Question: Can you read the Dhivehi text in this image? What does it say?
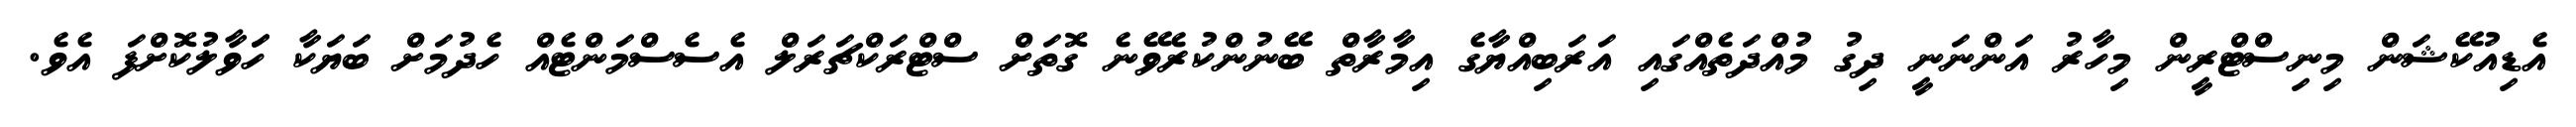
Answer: އެޑިއުކޭޝަން މިނިސްޓްރީން މިހާރު އަންނަނީ ދިގު މުއްދަތެއްގައި އަރަބިއްޔާގެ އިމާރާތް ބޭނުންކުރެވޭނެ ގޮތަށް ސްޓްރަކްޗަރަލް އެސެސްމަންޓެއް ހެދުމަށް ބަޔަކާ ހަަވާލުކޮށްފަ އެވެ.